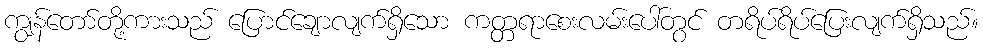
ကျွန်တော်တို့ကားသည် ပြောင်ချောလျက်ရှိသော ကတ္တရာစေးလမ်းပေါ်တွင် တရိပ်ရိပ်ပြေးလျက်ရှိသည်။